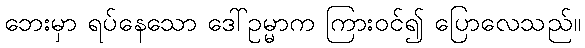
ဘေးမှာ ရပ်နေသော ဒေါ်ဥမ္မာက ကြားဝင်၍ ပြောလေသည်။